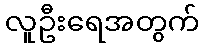
လူဦးရေအတွက်